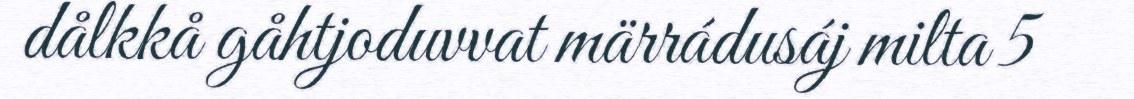
dålkkå gåhtjoduvvat märrádusáj milta 5